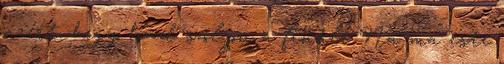
azért, hogy had szóljon a finálé Na ma este